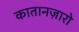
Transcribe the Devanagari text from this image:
कातानज़ारो